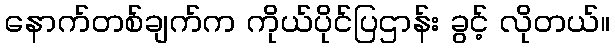
နောက်တစ်ချက်က ကိုယ်ပိုင်ပြဌာန်း ခွင့် လိုတယ်။